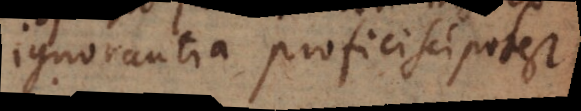
ignorantia proficisci potest